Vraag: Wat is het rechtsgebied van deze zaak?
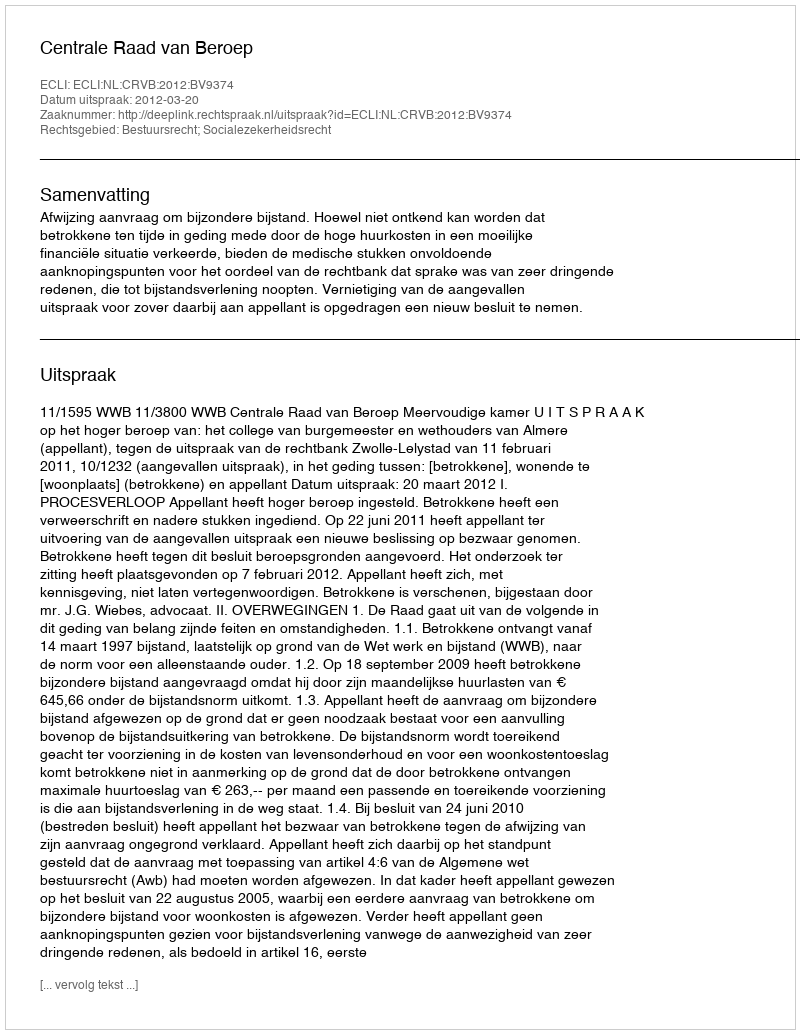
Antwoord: Bestuursrecht; Socialezekerheidsrecht